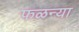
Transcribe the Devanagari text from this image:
फळन्या